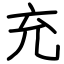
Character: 充